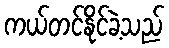
ကယ်တင်နိုင်ခဲ့သည်